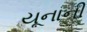
યૂનાની